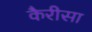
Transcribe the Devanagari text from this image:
कैरीसा